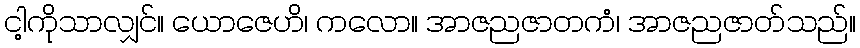
ငါ့ကိုသာလျှင်။ ယောဇေဟိ၊ ကလော။ အာဇညဇာတကံ၊ အာဇညဇာတ်သည်။